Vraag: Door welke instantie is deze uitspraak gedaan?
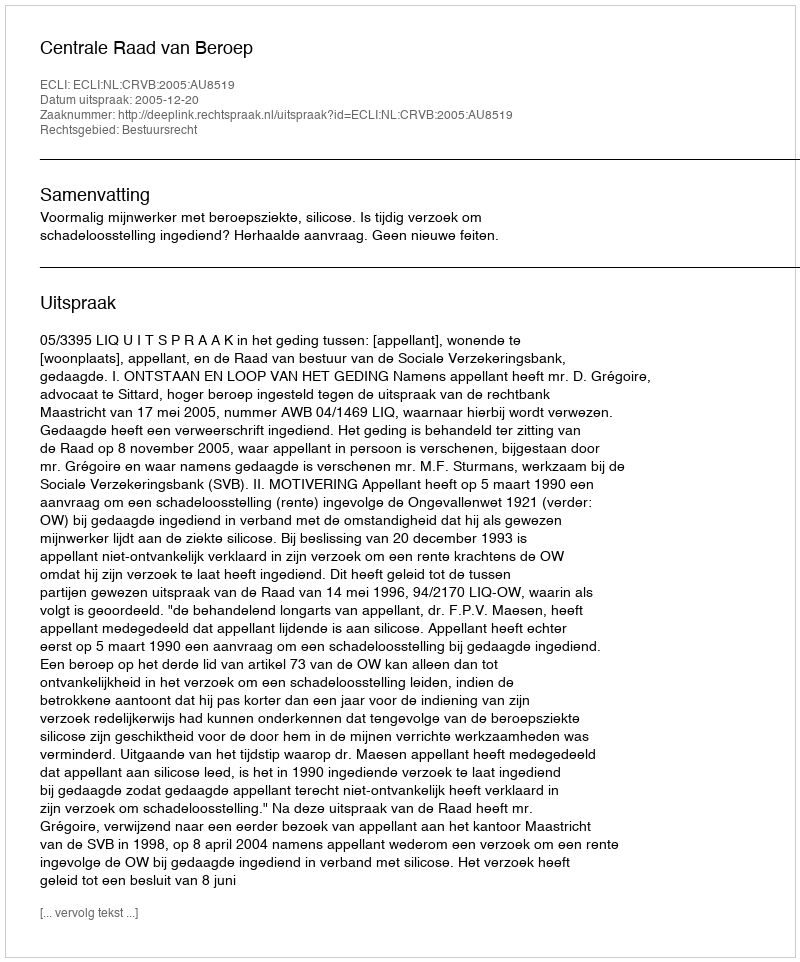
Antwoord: Centrale Raad van Beroep